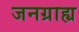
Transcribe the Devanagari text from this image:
जनग्राह्य